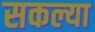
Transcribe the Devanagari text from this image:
सकल्या